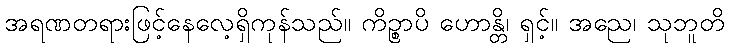
အရဏတရားဖြင့်နေလေ့ရှိကုန်သည်။ ကိဉ္စာပိ ဟောန္တိ၊ ရှင့်။ အညေ၊ သုဘူတိ